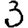
Digit: 3